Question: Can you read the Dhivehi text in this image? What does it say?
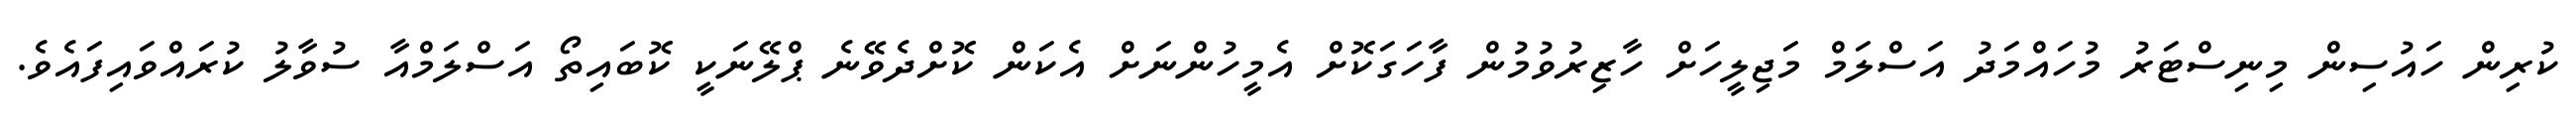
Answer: ކުރިން ހައުސިން މިނިސްޓަރު މުހައްމަދު އަސްލަމް މަޖިލީހަށް ހާޒިރުވުމުން ފާހަގަކޮށް އެމީހުންނަށް އެކަން ކޮށްދެވޭނެ ޕްލޭނަކީ ކޮބައިތޯ އަސްލަމްއާ ސުވާލު ކުރައްވައިފައެވެ.